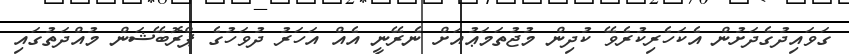
ގަވައިދުގެދަށުން އެކަހެރިކުރެވޭ ކުދިން މުޖުތަމަޢުއަށް ނެރޭނީ އެއް އަހަރު ދުވަހުގެ ޕްރޮބޭޝަން މުއްދަތުގައި